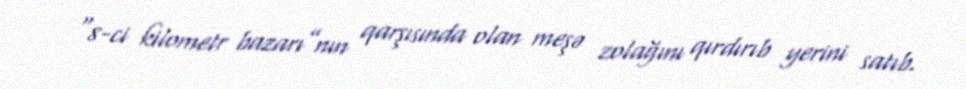
“8-ci kilometr bazarı”nın qarşısında olan meşə zolağını qırdırıb yerini satıb.